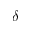
\delta